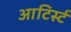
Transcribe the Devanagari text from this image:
आटिर्स्ट